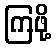
ကြဖို့